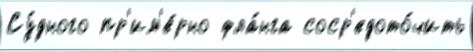
Су́дного пр'им'е́рно фла́нга соср'едото́чить